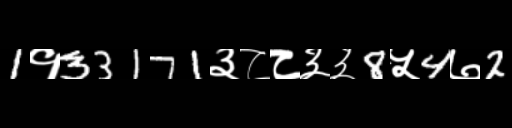
Text: 1१33171३८८३३8५4७2